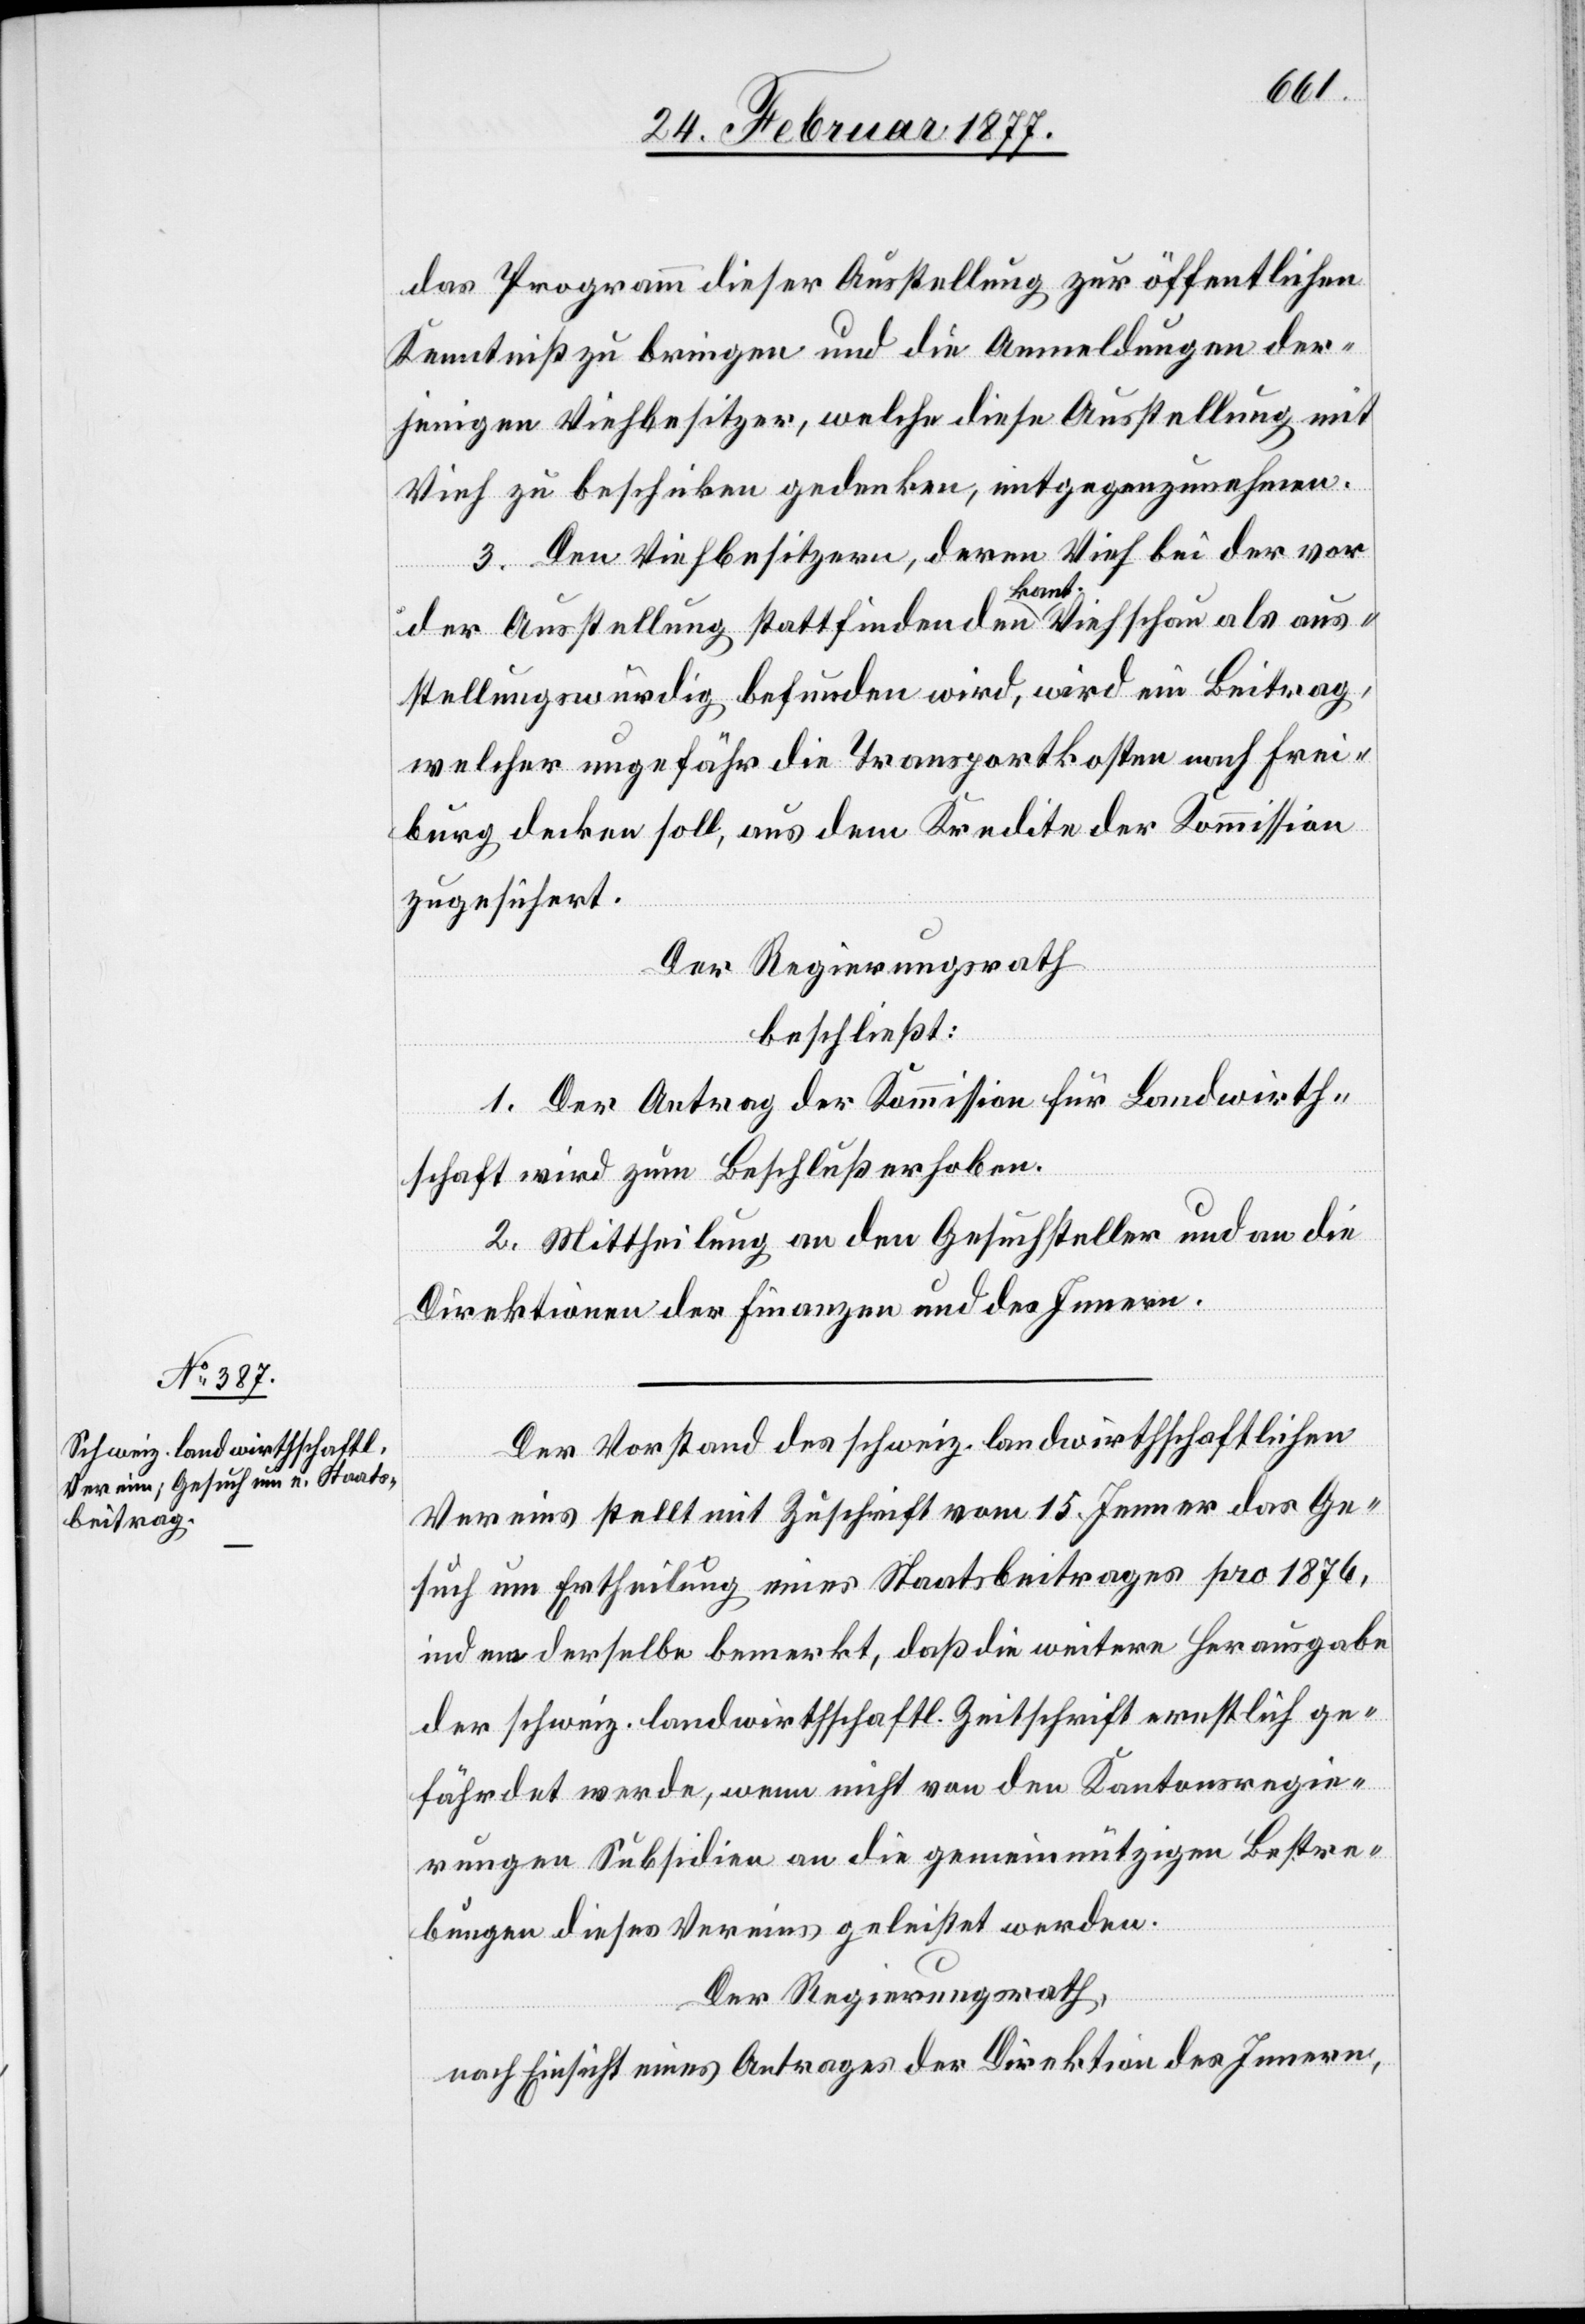
das Programm dieser Ausstellung zur öffentlichen
Kenntniß zu bringen und die Anmeldungen der¬
jenigen Viehbesitzer, welche diese Ausstellung mit
Vieh zu beschicken gedenken, entgegenzunehmen.
3. Den Viehbesitzern, deren Vieh bei der vor
der Ausstellung stattfindenden kant. Viehschau als aus¬
stellungswürdig befunden wird, wird ein Beitrag,
welcher ungefähr die Transportkosten nach Frei¬
burg decken soll, aus dem Kredite der Kommission
zugesichert.
Der Regierungsrath
beschließt:
1. Der Antrag der Kommission für Landwirth¬
schaft wird zum Beschluß erhoben.
2. Mittheilung an den Gesuchsteller und an die
Direktionen der Finanzen und des Innern.
Der Vorstand des schweiz. landwirthschaftlichen
Vereins stellt mit Zuschrift vom 15. Jenner das Ge¬
such um Ertheilung eines Staatsbeitrages pro 1876,
indem derselbe bemerkt, daß die weitere Herausgabe
der schweiz. landwirthschaftl. Zeitschrift ernstlich ge¬
fährdet werde, wenn nicht von den Kantonsregie¬
rungen Subsidien an die gemeinnützigen Bestre¬
bungen dieses Vereins geleistet werden.
Der Regierungsrath,
nach Einsicht eines Antrages der Direktion des Innern,